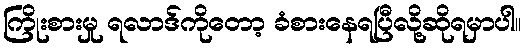
ကြိုးစားမှု ရလာဒ်ကိုတော့ ခံစားနေရပြီလို့ဆိုရမှာပါ။